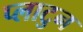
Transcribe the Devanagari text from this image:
प्लाटुन